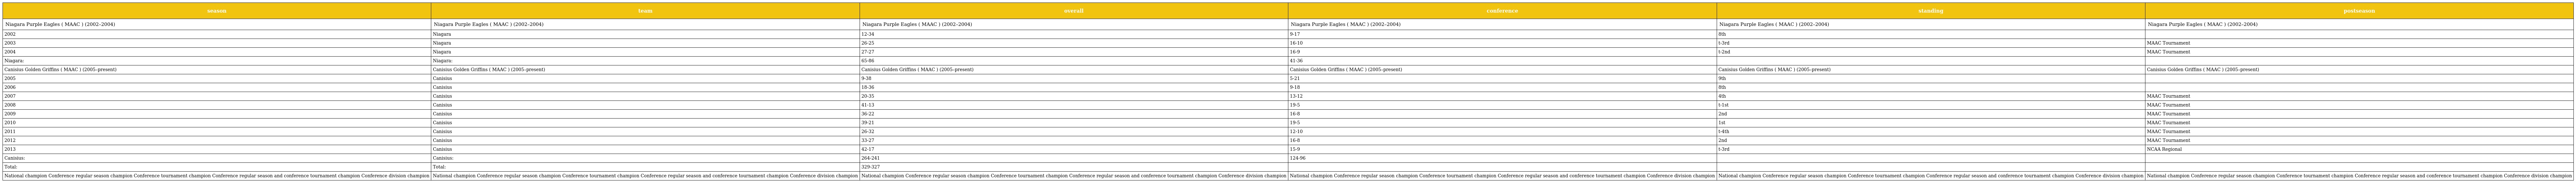
| season | team | overall | conference | standing | postseason |
 | --- | --- | --- | --- | --- | --- |
 | Niagara Purple Eagles ( MAAC ) (2002–2004) | Niagara Purple Eagles ( MAAC ) (2002–2004) | Niagara Purple Eagles ( MAAC ) (2002–2004) | Niagara Purple Eagles ( MAAC ) (2002–2004) | Niagara Purple Eagles ( MAAC ) (2002–2004) | Niagara Purple Eagles ( MAAC ) (2002–2004) |
 | 2002 | Niagara | 12-34 | 9-17 | 8th |  |
 | 2003 | Niagara | 26-25 | 16-10 | t-3rd | MAAC Tournament |
 | 2004 | Niagara | 27-27 | 16-9 | t-2nd | MAAC Tournament |
 | Niagara: | Niagara: | 65-86 | 41-36 |  |  |
 | Canisius Golden Griffins ( MAAC ) (2005–present) | Canisius Golden Griffins ( MAAC ) (2005–present) | Canisius Golden Griffins ( MAAC ) (2005–present) | Canisius Golden Griffins ( MAAC ) (2005–present) | Canisius Golden Griffins ( MAAC ) (2005–present) | Canisius Golden Griffins ( MAAC ) (2005–present) |
 | 2005 | Canisius | 9-38 | 5-21 | 9th |  |
 | 2006 | Canisius | 18-36 | 9-18 | 8th |  |
 | 2007 | Canisius | 20-35 | 13-12 | 4th | MAAC Tournament |
 | 2008 | Canisius | 41-13 | 19-5 | t-1st | MAAC Tournament |
 | 2009 | Canisius | 36-22 | 16-8 | 2nd | MAAC Tournament |
 | 2010 | Canisius | 39-21 | 19-5 | 1st | MAAC Tournament |
 | 2011 | Canisius | 26-32 | 12-10 | t-4th | MAAC Tournament |
 | 2012 | Canisius | 33-27 | 16-8 | 2nd | MAAC Tournament |
 | 2013 | Canisius | 42-17 | 15-9 | t-3rd | NCAA Regional |
 | Canisius: | Canisius: | 264-241 | 124-96 |  |  |
 | Total: | Total: | 329-327 |  |  |  |
 | National champion Conference regular season champion Conference tournament champion Conference regular season and conference tournament champion Conference division champion | National champion Conference regular season champion Conference tournament champion Conference regular season and conference tournament champion Conference division champion | National champion Conference regular season champion Conference tournament champion Conference regular season and conference tournament champion Conference division champion | National champion Conference regular season champion Conference tournament champion Conference regular season and conference tournament champion Conference division champion | National champion Conference regular season champion Conference tournament champion Conference regular season and conference tournament champion Conference division champion | National champion Conference regular season champion Conference tournament champion Conference regular season and conference tournament champion Conference division champion |